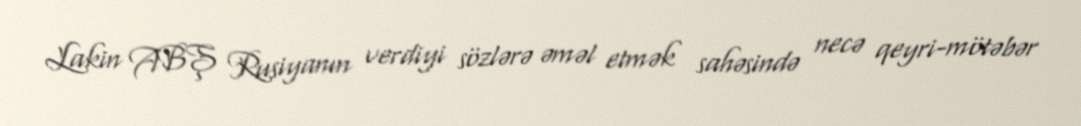
Lakin ABŞ Rusiyanın verdiyi sözlərə əməl etmək sahəsində necə qeyri-mötəbər